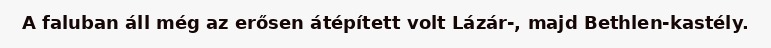
A faluban áll még az erősen átépített volt Lázár-, majd Bethlen-kastély.